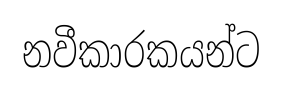
නවීකාරකයන්ට